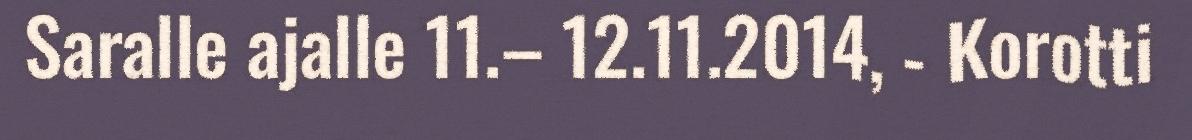
Saralle ajalle 11.– 12.11.2014, - Korotti